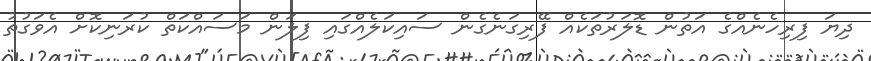
ދިޔަ ފިރިހެނެއްގެ އަތުން ޑޮލަރުތަކެއް ފޭރިގަނެގެން ސައިކަލެއްގައި ފިލަން މަސައްކަތް ކުރަނިކޮށް އެވަގުތު